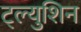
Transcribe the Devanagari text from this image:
ट्ल्युशिन